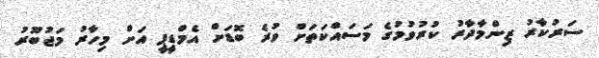
ސަރުކާރު ޒިންމާދާރު ކުރުވުމުގެ މަސައްކަތަށް ވުރެ ބޮޑަށް އެމްޑީޕީ އަށް މިހާރު މަޖުބޫރު